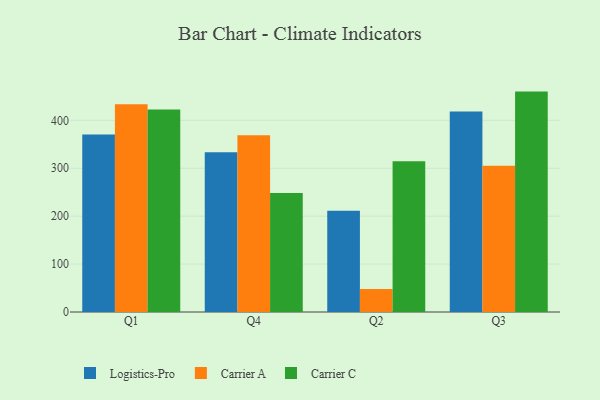
{"axis": {"x": "Quarter", "y": "Demand Index"}, "legend": ["Carrier A", "Carrier C", "Logistics-Pro"], "data": [{"x": "Q1", "y": 370.2, "type": "Logistics-Pro"}, {"x": "Q1", "y": 433.5, "type": "Carrier A"}, {"x": "Q1", "y": 422.3, "type": "Carrier C"}, {"x": "Q4", "y": 333.4, "type": "Logistics-Pro"}, {"x": "Q4", "y": 368.8, "type": "Carrier A"}, {"x": "Q4", "y": 248.3, "type": "Carrier C"}, {"x": "Q2", "y": 211.5, "type": "Logistics-Pro"}, {"x": "Q2", "y": 48.2, "type": "Carrier A"}, {"x": "Q2", "y": 314.4, "type": "Carrier C"}, {"x": "Q3", "y": 418.3, "type": "Logistics-Pro"}, {"x": "Q3", "y": 305.0, "type": "Carrier A"}, {"x": "Q3", "y": 459.9, "type": "Carrier C"}]}